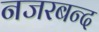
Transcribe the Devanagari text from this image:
नजरबन्‍द